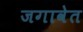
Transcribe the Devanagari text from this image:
जगावेत